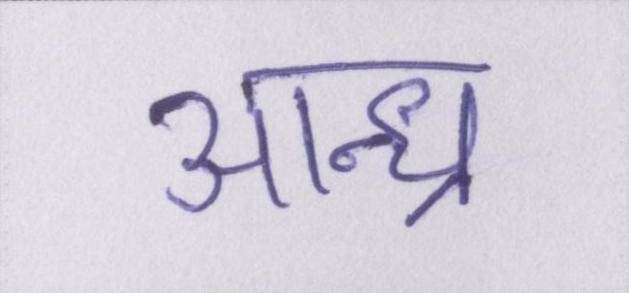
आन्ध्र